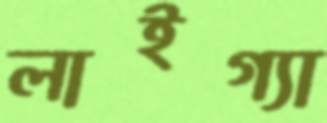
লাইগ্যা